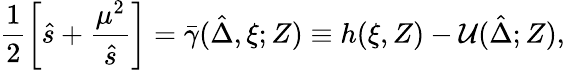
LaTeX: \frac 12\left[\hat{s}+\frac{\mu^{2}}{\hat{s}}\right]=\bar{\gamma}(\hat{\Delta},\xi;Z)\equiv h(\xi,Z)-{\cal U}(\hat{\Delta};Z),